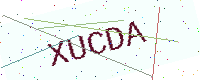
Text: XUCDA